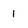
Character: 1